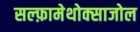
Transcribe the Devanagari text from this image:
सल्‍फ़ामेथोक्‍साजोल